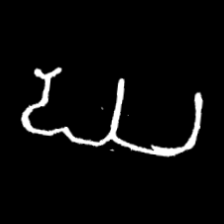
Pyu character \u2014 Myanmar letter: ဃ (romanized: gha)